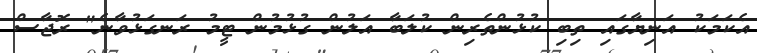
އެކަމަކު އަނިޔާގައި ތިބި ކުޅުންތެރިން ކުލަބާ އަލުން ގުޅުމުން ޓީމު ރަނގަޅުވާނެ" ރޮޖާސް